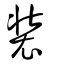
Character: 裝